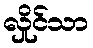
လှိုင်သာ